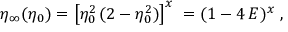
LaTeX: \eta _ { \infty } ( \eta _ { 0 } ) = \left[ \eta _ { 0 } ^ { 2 } \, ( 2 - \eta _ { 0 } ^ { 2 } ) \right] ^ { x } \; = ( 1 - 4 \, E ) ^ { x } \; ,